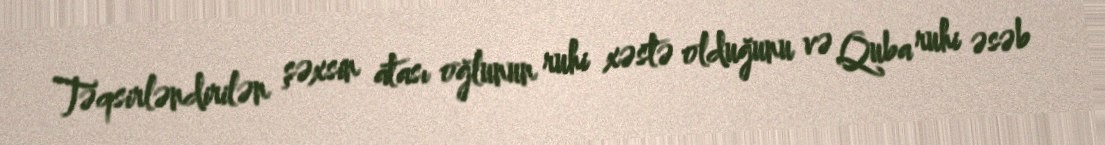
Təqsirləndirilən şəxsin atası oğlunun ruhi xəstə olduğunu və Quba ruhi əsəb